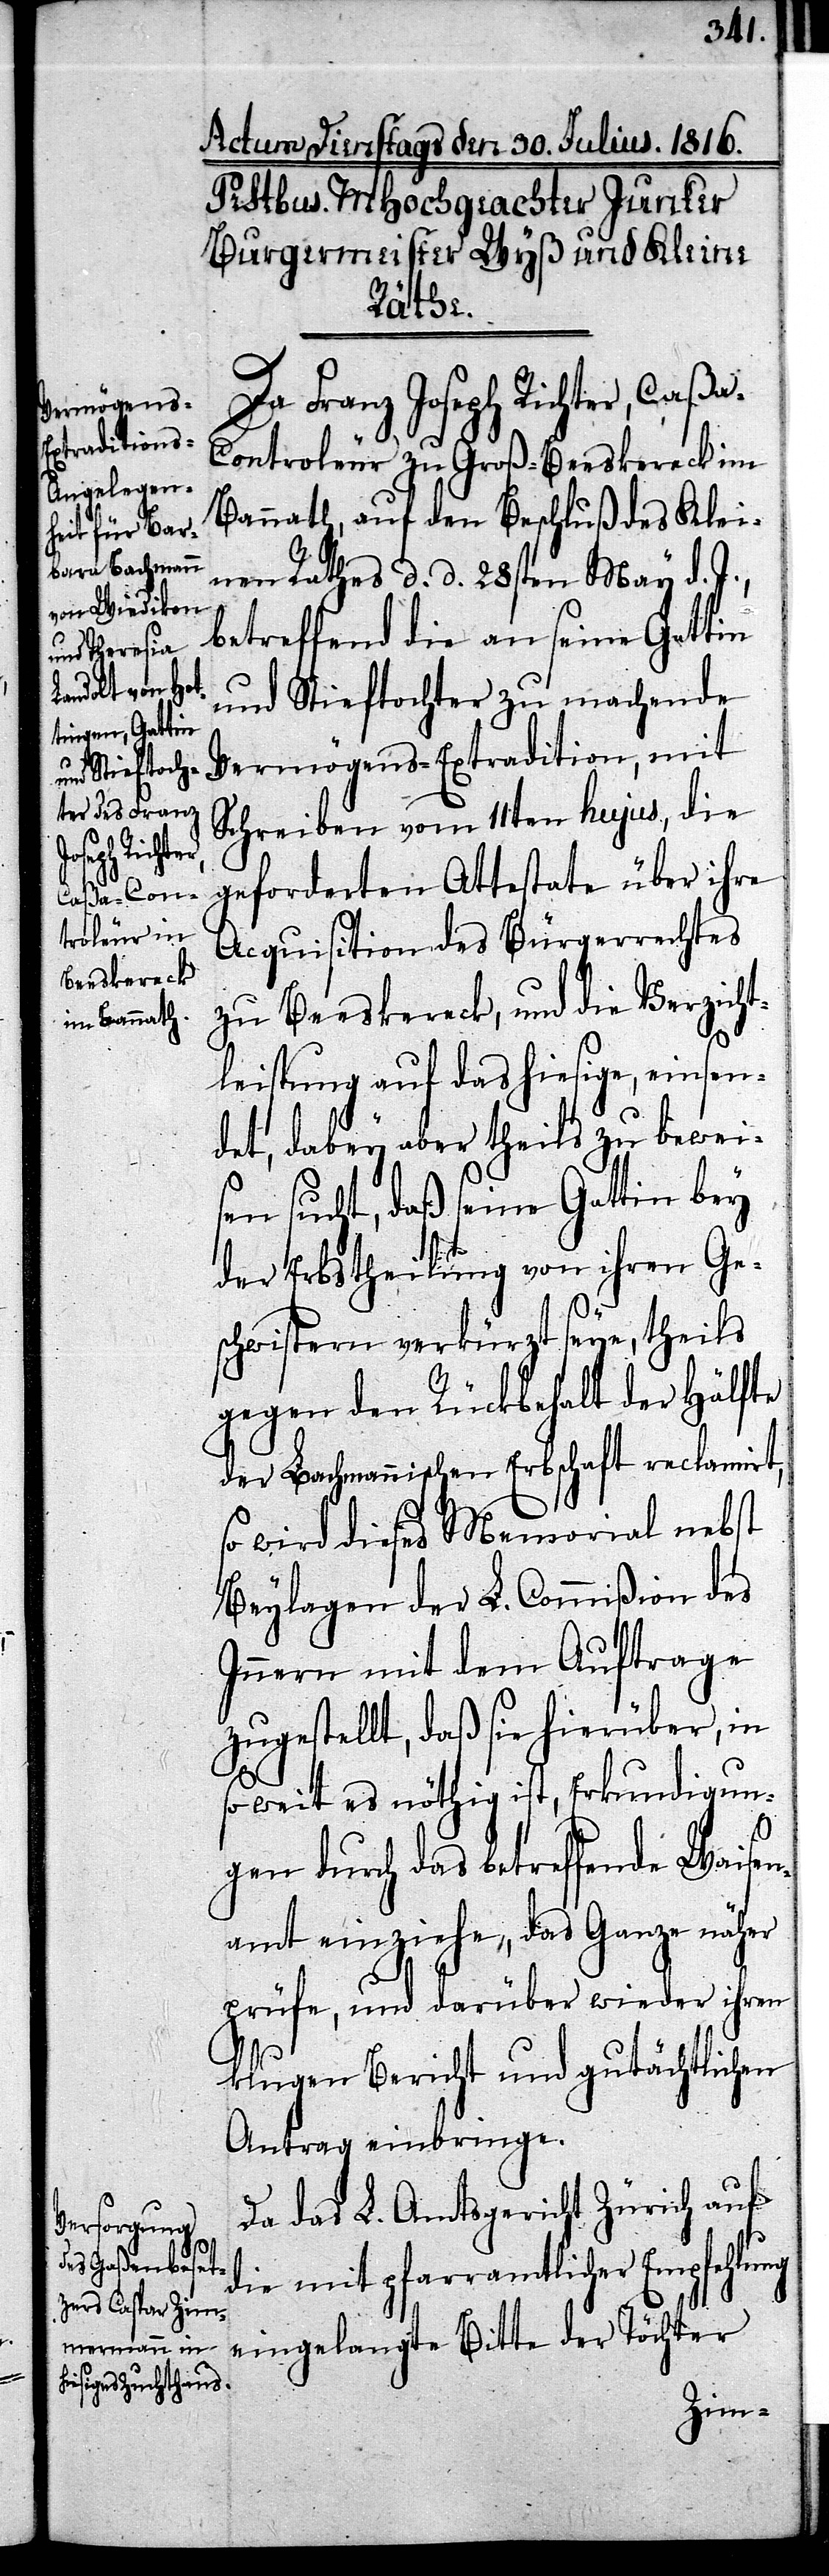
Da Franz Joseph Richter, Caßa-C¬
ontroleur zu Groß-Beeskereck im
Bannaht, auf den Beschluß des Klei¬
nen Rathes d. d. 28sten May d.
betreffend die an seine Gattin
und Stieftochter zu machende
Vermögens-Extradition, mit
Schreiben vom 11ten hujus, die
geforderten Attestate über ihre
Acquisition des Bürgerrechtes
zu Beeskereck, und die Verzicht¬
leistung auf das hiesige, einsen¬
det, dabey aber theils zu bewei¬
sen sucht, daß seine Gattin bey
der Erbstheilung von ihren Ge¬
schwistern verkürzt seye, theils
gegen den Rückbehalt der Hälfte
der Bachmannischen Erbschaft reclamirt,
so wird dieses Memorial nebst
Beylagen der L. Commißion des
Innern mit dem Auftrage
zugestellt, daß sie hierüber, in
so weit es nöthig ist, Erkundigun¬
gen durch das betreffende Waisen¬
amt einziehe, das Ganze näher
prüfe, und darüber wieder ihren
klugen Bericht und gutächtlichen
Antrag einbringe.
Da das L. Amtsgericht Zürich auf
die mit pfarramtlicher Empfehlung
eingelangte Bitte der Töchter